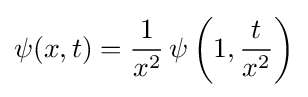
\psi (x,t)={\frac {1}{x^{2}}}\,\psi \left(1,{\frac {t}{x^{2}}}\right)